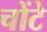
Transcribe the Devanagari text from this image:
चोंटे